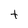
Character: t